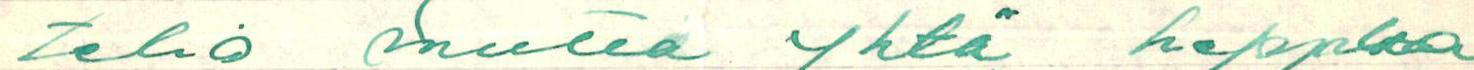
telio mutta yhtä heppua